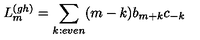
L _ { m } ^ { ( g h ) } = \sum _ { k : e v e n } ( m - k ) b _ { m + k } c _ { - k }